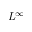
L ^ { \infty }